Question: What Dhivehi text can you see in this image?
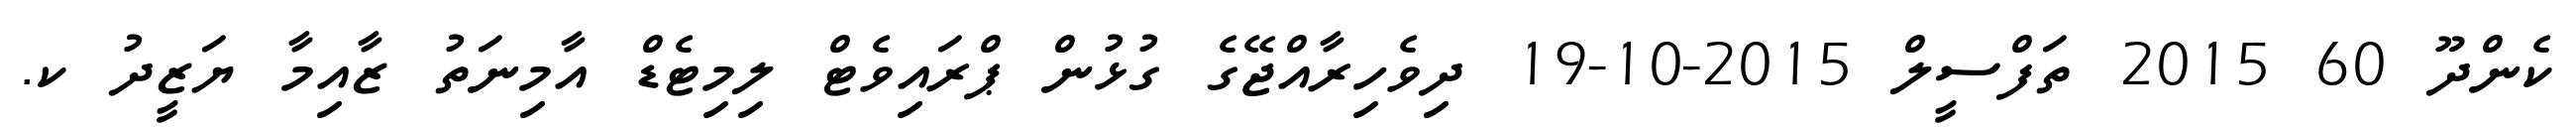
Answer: ކެންދޫ 60 2015 ތަފްސީލް 2015-10-19 ދިވެހިރާއްޖޭގެ ގުޅުން ޕްރައިވެޓް ލިމިޓެޑް އާމިނަތު ޒާއިމާ ޔަޒީދު ކ.